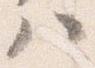
ハ